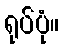
ရုပ်ပုံ။